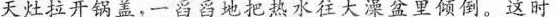
天灶拉开锅盖，一舀舀地把热水往大溧盆里倾倒。这时